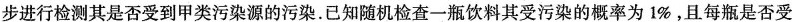
步进行检测其是否受到甲类污染源的污染。已知随机检查一瓶饮料其受污染的概率为1%。且每瓶是否受